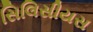
સિલિસીયસ